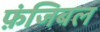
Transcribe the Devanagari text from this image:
फ़ंजिबल